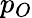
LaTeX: p_{O}